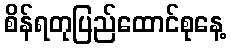
စိန်ရတုပြည်ထောင်စုနေ့